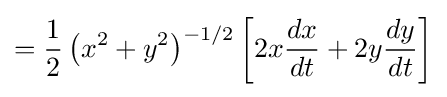
={\frac {1}{2}}\left(x^{2}+y^{2}\right)^{-1/2}\left[2x{\frac {dx}{dt}}+2y{\frac {dy}{dt}}\right]